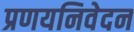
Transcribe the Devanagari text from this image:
प्रणयनिवेदन